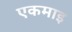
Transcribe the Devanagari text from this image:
एकमाइ